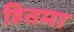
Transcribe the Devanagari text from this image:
हितमा